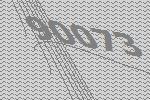
90073